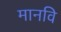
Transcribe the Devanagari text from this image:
मानवि